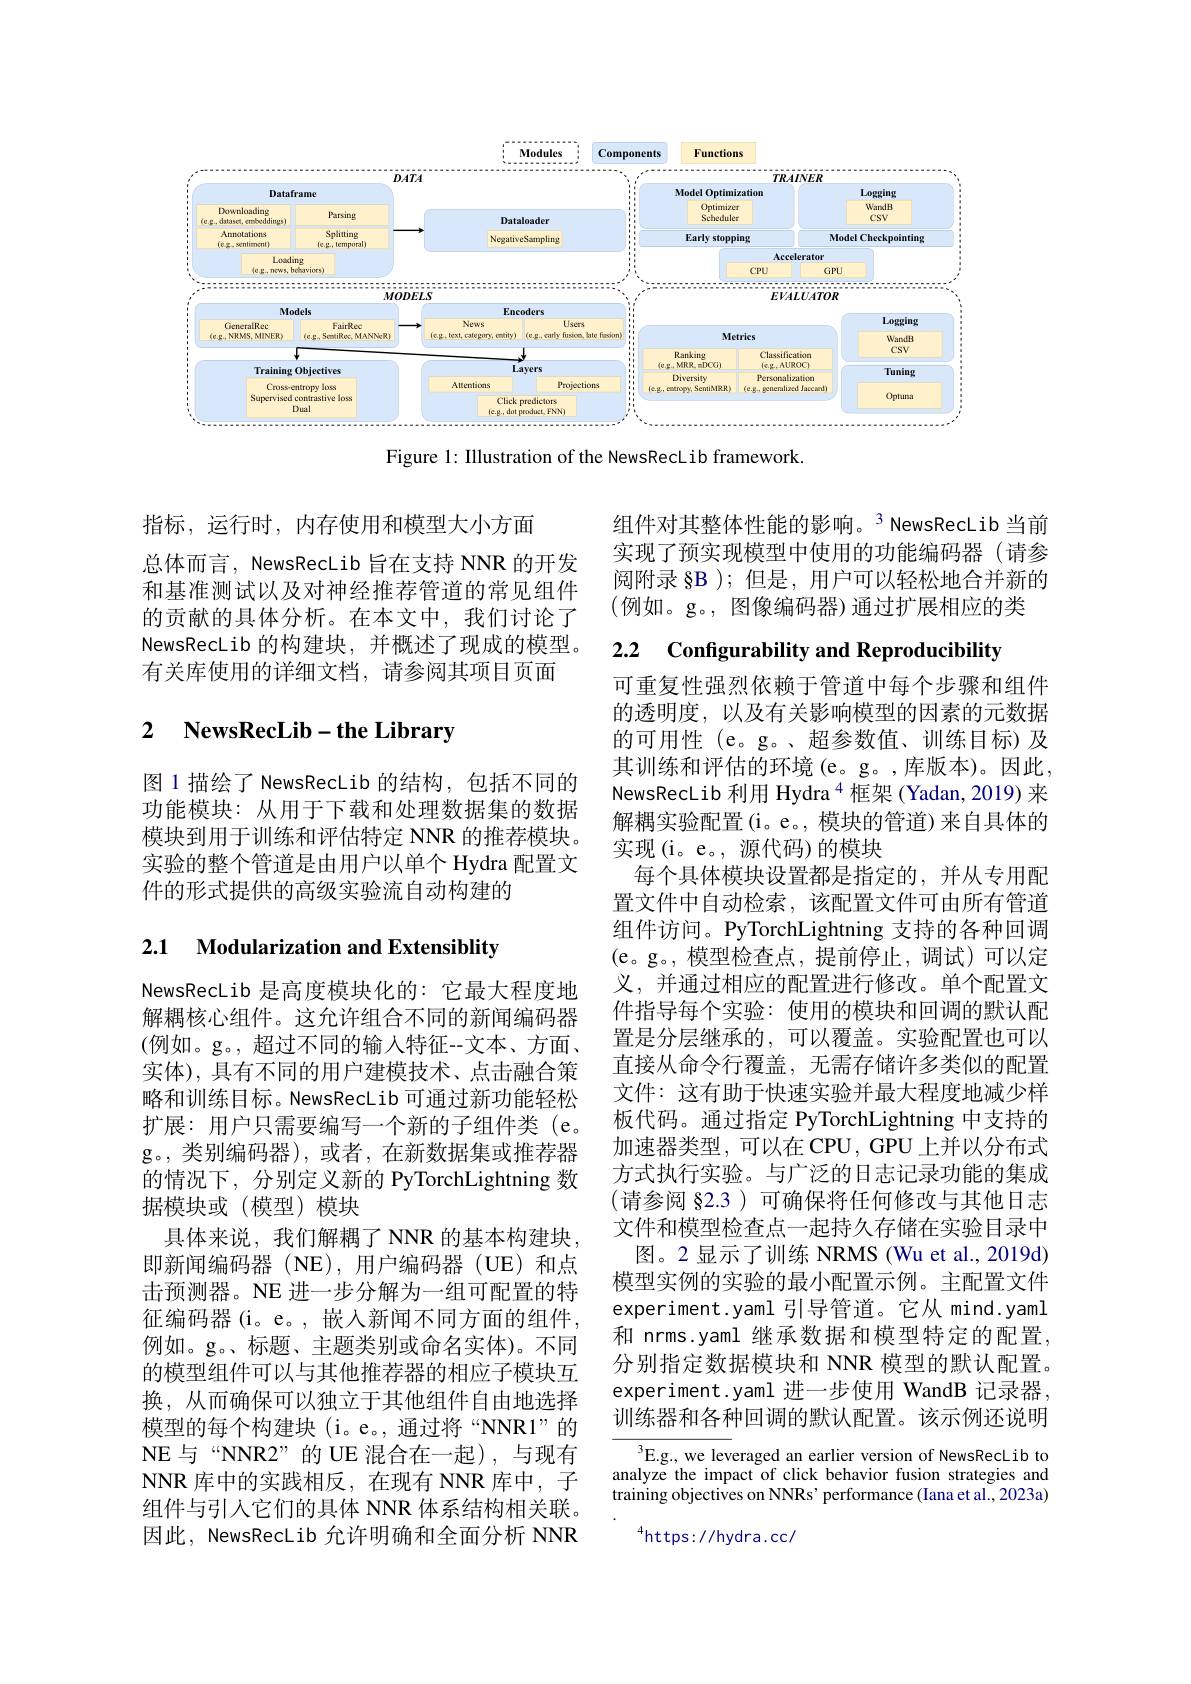
<FigureHere>

Figure 1: Illustration of the NewsRecLib framework.

指标，运行时，内存使用和模型大小方面
总体而言，NewsRecLib 旨在支持 NNR 的开发和基准测试以及对神经推荐管道的常见组件的贡献的具体分析。在本文中，我们讨论了NewsRecLib 的构建块，并概述了现成的模型。有关库使用的详细文档，请参阅其项目页面

# 2 NewsRecLib-the Library

图 1 描绘了 NewsRecLib 的结构，包括不同的功能模块：从用于下载和处理数据集的数据模块到用于训练和评估特定 NNR 的推荐模块。实验的整个管道是由用户以单个 Hydra 配置文件的形式提供的高级实验流自动构建的

## 2.1 Modularization and Extensiblity

NewsRecLib 是高度模块化的：它最大程度地解耦核心组件。这允许组合不同的新闻编码器(例如。g。,超过不同的输入特征--文本、方面、 实体),具有不同的用户建模技术、点击融合策略和训练目标。NewsRecLib 可通过新功能轻松扩展：用户只需要编写一个新的子组件类 (e。g。,类别编码器),或者，在新数据集或推荐器的情况下，分别定义新的 PyTorchLightning 数据模块或(模型)模块
具体来说，我们解耦了 NNR 的基本构建块， 即新闻编码器(NE),用户编码器(UE)和点击预测器。NE 进一步分解为一组可配置的特征编码器 (i。e。, 嵌入新闻不同方面的组件， 例如。g。、标题、主题类别或命名实体)。不同的模型组件可以与其他推荐器的相应子模块互换，从而确保可以独立于其他组件自由地选择模型的每个构建块 (i。e。, 通过将“NNR1”的NE与“NNR2”的 UE 混合在一起),与现有NNR 库中的实践相反，在现有 NNR 库中，子组件与引入它们的具体 NNR 体系结构相关联。因此，NewsRecLib 允许明确和全面分析 NNR

组件对其整体性能的影响。3 NewsRecLib 当前实现了预实现模型中使用的功能编码器(请参阅附录 §B );但是，用户可以轻松地合并新的(例如。g。, 图像编码器)通过扩展相应的类

# 2.2 Configurability and Reproducibility

可重复性强烈依赖于管道中每个步骤和组件的透明度，以及有关影响模型的因素的元数据的可用性(e。g。、超参数值、训练目标)及其训练和评估的环境(e。g。,库版本)。因此， NewsRecLib 利用 Hydra $^{4}$框架 (Yadan, 2019) 来解耦实验配置(i。e。, 模块的管道) 来自具体的实现(i。e。, 源代码)的模块
每个具体模块设置都是指定的，并从专用配置文件中自动检索，该配置文件可由所有管道组件访问。PyTorchLightning 支持的各种回调(e。g。,模型检查点，提前停止，调试)可以定义，并通过相应的配置进行修改。单个配置文件指导每个实验：使用的模块和回调的默认配置是分层继承的，可以覆盖。实验配置也可以直接从命令行覆盖，无需存储许多类似的配置文件：这有助于快速实验并最大程度地减少样板代码。通过指定 PyTorchLightning 中支持的加速器类型，可以在 CPU, GPU 上并以分布式方式执行实验。与广泛的日志记录功能的集成(请参阅 §2.3 )可确保将任何修改与其他日志文件和模型检查点一起持久存储在实验目录中
图。2 显示了训练 NRMS (Wu et al., 2019d) 模型实例的实验的最小配置示例。主配置文件experiment.yaml 引导管道。它从 mind.yaml 和 nrms.yaml 继承数据和模型特定的配置， 分别指定数据模块和 NNR 模型的默认配置。experiment.yaml 进一步使用 WandB 记录器， 训练器和各种回调的默认配置。该示例还说明

$^3$E.g., we leveraged an earlier version of NewsRecLib to analyze the impact of click behavior fusion strategies and $\tilde{\text{training objectives on NNRs' performance(Iana et al., 2023a)}}$

$^{4}$https://hydra.cc/